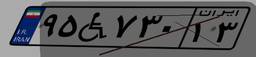
۵۴W۴۳۷۲۵